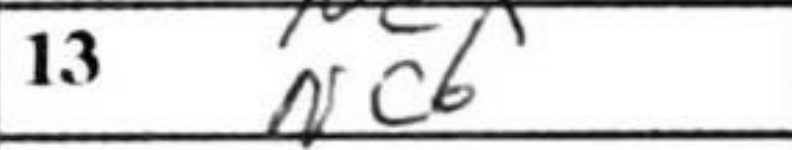
Transcription: Nc6